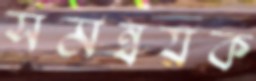
সমন্বয়ক